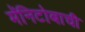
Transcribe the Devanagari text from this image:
मॅनिटोबाची